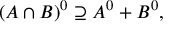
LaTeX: ( A \cap B ) ^ { 0 } \supseteq A ^ { 0 } + B ^ { 0 } ,